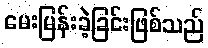
မေးမြန်းခဲ့ခြင်းဖြစ်သည်